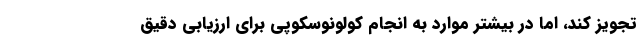
تجویز کند، اما در بیشتر موارد به انجام کولونوسکوپی برای ارزیابی دقیق